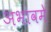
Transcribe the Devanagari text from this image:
अभावमे